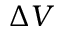
\Delta V